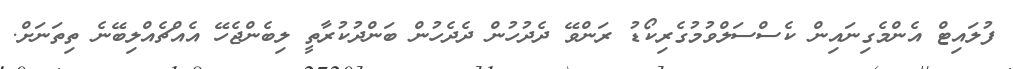
ފުލައިޓް އެންމެގިނައިން ކެސްސަލްވުމުގެރިކޯޑު ރަންވޭ ދެދުހުން ދެދެހުން ބަންދުކުރާތީ ލިބެންޖެހޭ އެއްޗެއްލިބޭނެ ތިތަނަށް.